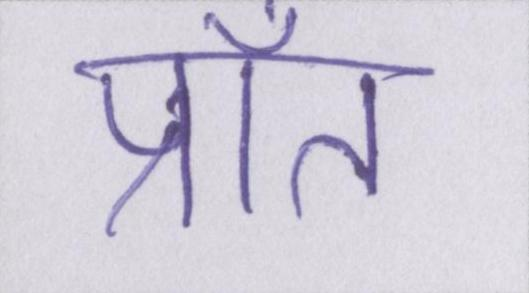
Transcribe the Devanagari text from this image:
प्राँत